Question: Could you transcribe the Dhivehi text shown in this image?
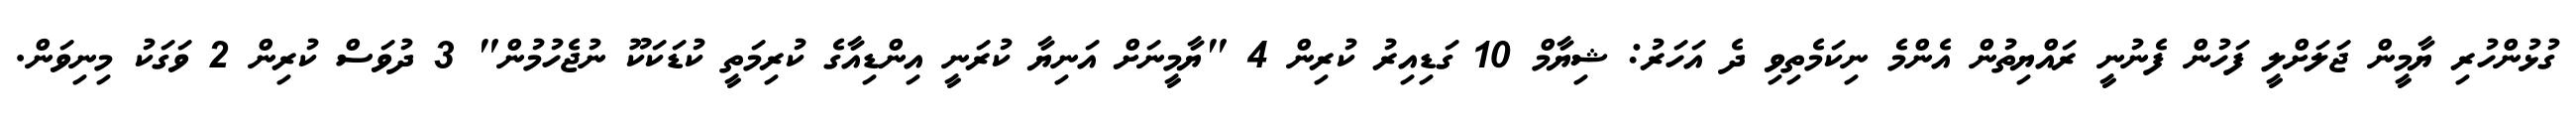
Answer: ގުޅުންހުރި ޔާމީން ޖަލަށްލީ ފަހުން ފެނުނީ ރައްޔިތުން އެންމެ ނިކަމެތިވި ދެ އަހަރު: ޝިޔާމް 10 ގަޑިއިރު ކުރިން 4 "ޔާމީނަށް އަނިޔާ ކުރަނީ އިންޑިއާގެ ކުރިމަތީ ކުޑަކަކޫ ނުޖެހުމުން" 3 ދުވަސް ކުރިން 2 ވަގަކު މިނިވަން.